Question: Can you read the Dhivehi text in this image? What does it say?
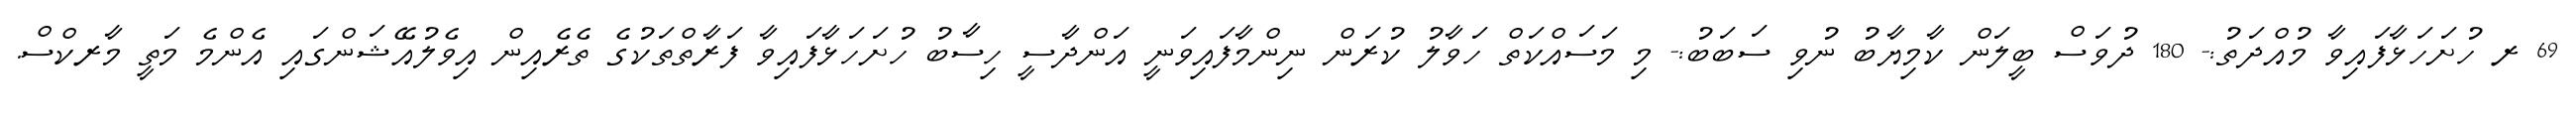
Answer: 69 ރ ހުށަހަޅާފައިވާ މުއްދަތު:- 180 ދުވަސް ބީލަން ކާމިޔާބު ނުވި ސަބަބު:- މި މަސައްކަތް ހަވާލު ކުރަން ނިންމާފައިވަނީ އަންދާސީ ހިސާބު ހުށަހަޅާފައިވާ ފަރާތްތަކުގެ ތެރެއިން އިވެލުއޭޝަންގައި އެންމެ މަތީ މާރކްސް.